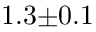
1 . 3 { \pm } 0 . 1 \